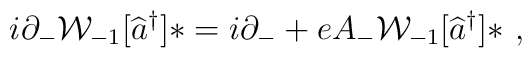
i \partial_{-} {\cal W}_{-1}[\widehat{a}^{\dag}] \ast = i\partial_{-} + e A_{-} {\cal W}_{-1}[\widehat{a}^{\dag}] \ast \ ,